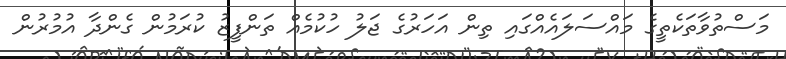
މަސްތުވާތަކެތީގެ މައްސަލައެއްގައި ތިން އަހަރުގެ ޖަލު ހުކުމެއް ތަންފީޒު ކުރަމުން ގެންދާ އުމުރުން